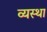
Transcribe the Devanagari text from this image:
व्‍यस्‍था